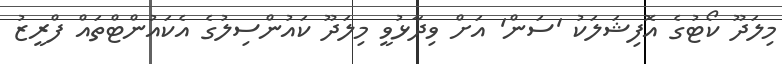
މިލަދޫ ކޯޓުގެ އޮފިޝަލަކު 'ސަން' އަށް ވިދާޅުވީ މިލަދޫ ކައުންސިލުގެ އެކައުންޓްތައް ފްރީޒު